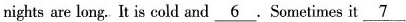
nightsare long. It is cold and \underline{6} . Sometimes it \underline{7}